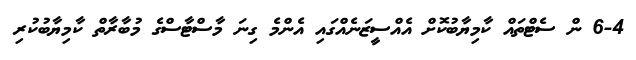
6-4 ން ސެޓްތައް ކާމިޔާބުކޮށް އެއްސީޒަނެއްގައި އެންމެ ގިނަ މާސްޓާސްގެ މުބާރާތް ކާމިޔާބުކުރި